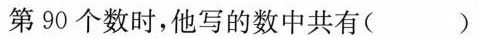
第90个数时，他写的数中共有( )